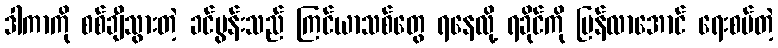
ဒါကာကို စစ်ချီသွားတဲ့ ခင်ပွန်းသည် ကြင်ယာသစ်တွေ ရနေလို့ ရခိုင်ကို ပြန်လာအောင် ရေးစပ်တဲ့